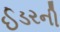
ઈડરની